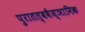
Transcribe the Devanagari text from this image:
पुरातत्ववैज्ञानिक